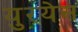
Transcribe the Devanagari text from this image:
युरयेस